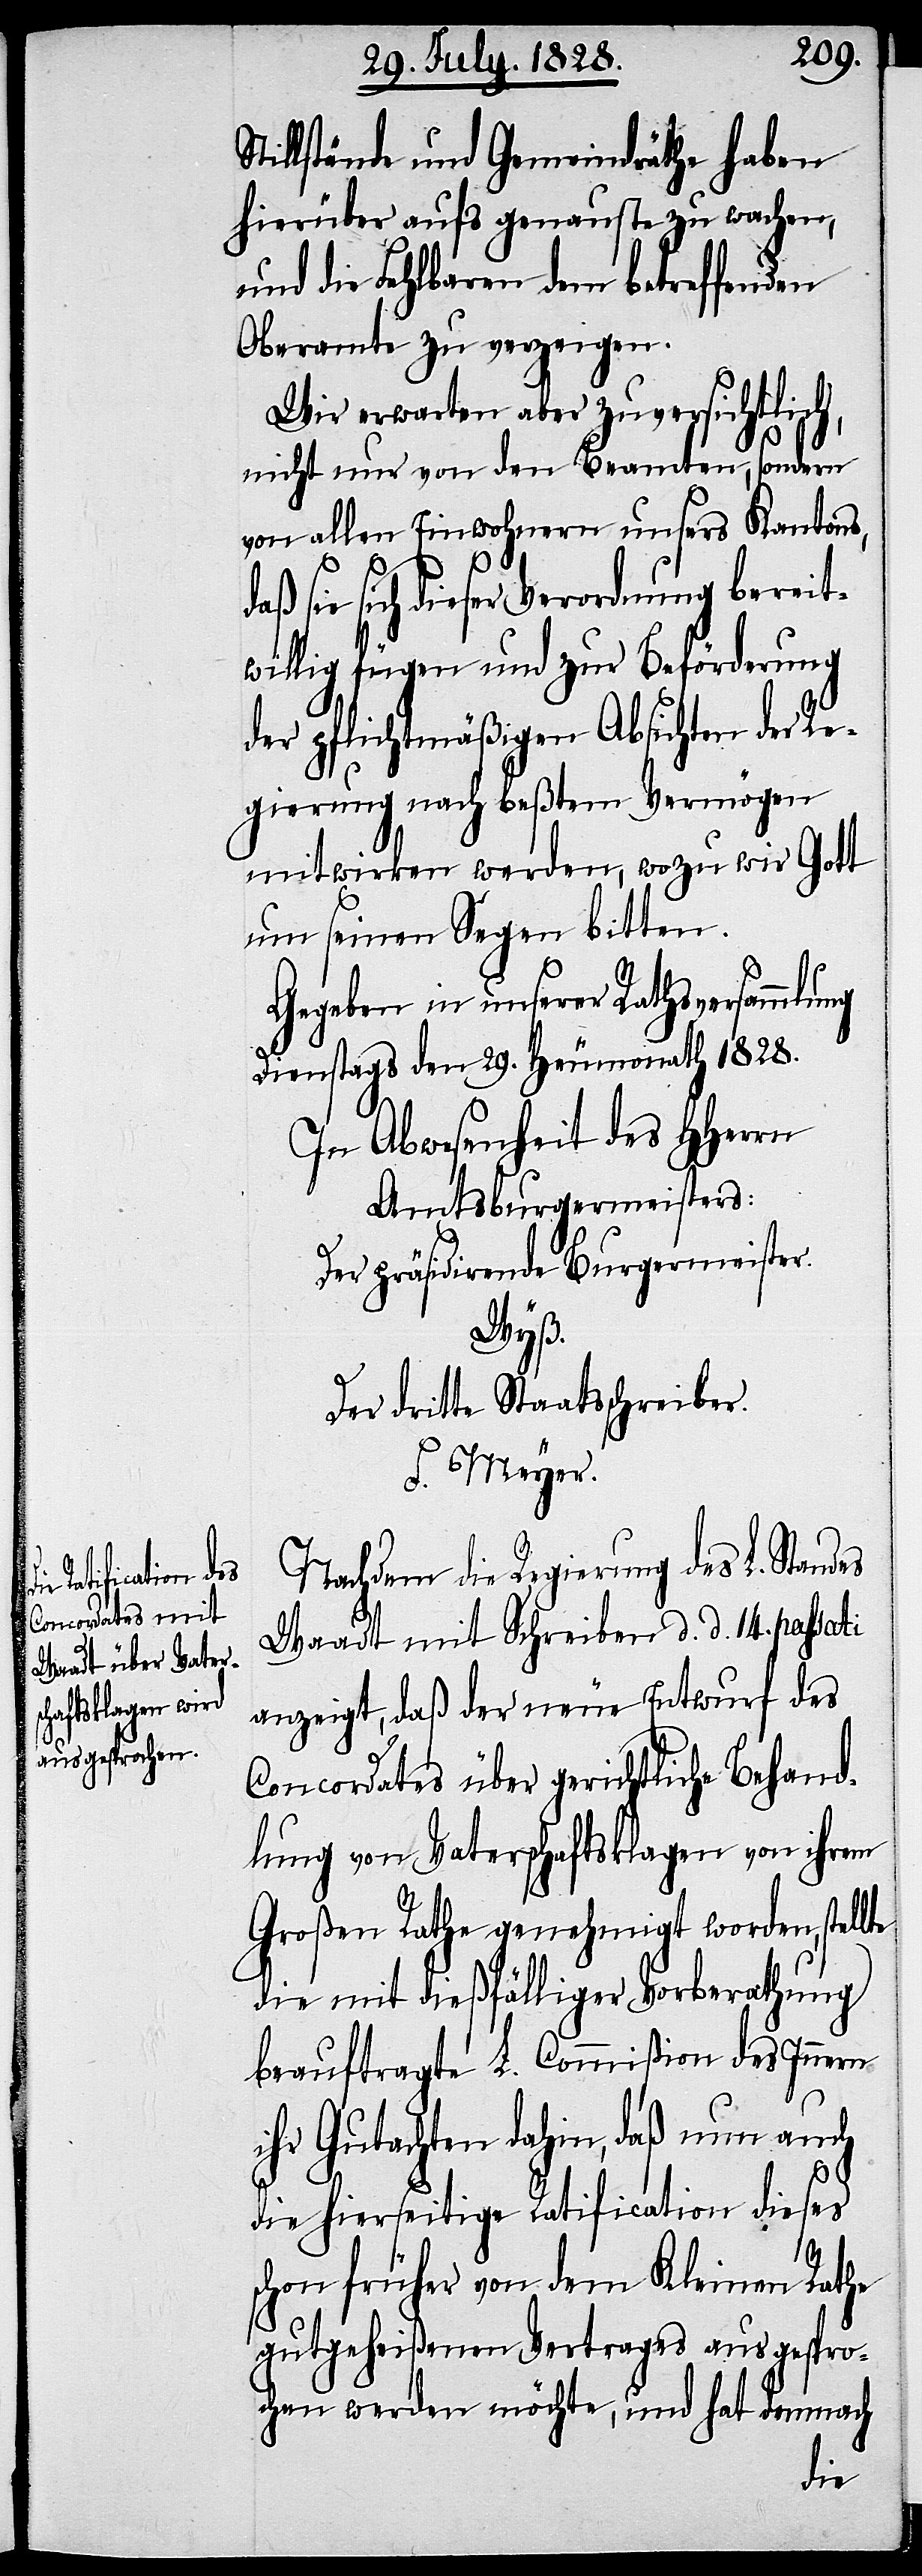
Stillstände und Gemeindräthe haben
hierüber aufs genauste zu wachen,
und die Fehlbaren dem betreffenden
Oberamte zu verzeigen.
Wir erwarten aber zuversichtlich,
nicht nur von den Beamten, sondern
von allen Einwohnern unsers Kantons,
daß sie sich dieser Verordnung bereit¬
willig fügen und zur Beförderung
der pflichtmäßigen Absichten der Re¬
gierung nach beßtem Vermögen
mitwirken werden, wozu wir Gott
um seinen Segen bitten.
lte
Gegeben in unserer Rathsversammlung
Dienstags den 29. Heumonath 1828.
In Abwesenheit des HHerrn
Amtsburgermeisters:
Der präsidirende Burgermeister.
Wyß.
Der dritte Staatsschreiber.
F. Meyer.
Nachdem die Regierung des L. Standes
Waadt mit Schreiben d. d. 14. passati
anzeigt, daß der neue Entwurf des
Concordates über gerichtliche Behand¬
lung von Vaterschaftsklagen von ihrem
Großen Rathe genehmigt worden, stel¬
die mit dießfälliger Vorberathung
beauftragte L. Commißion des Innern
ihr Gutachten dahin, daß nun auch
die hierseitige Ratification dieses
schon früher von dem Kleinen Rathe
gutgeheißenen Vertrages ausgespro¬
chen werden möchte, und hat demnach